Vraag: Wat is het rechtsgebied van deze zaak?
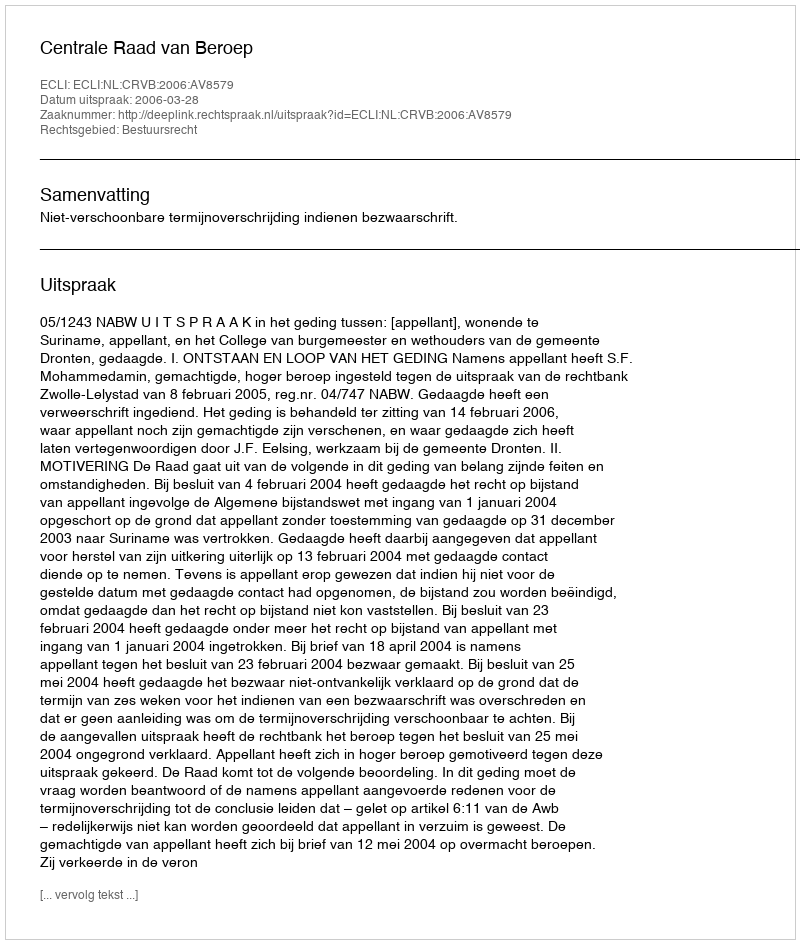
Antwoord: Bestuursrecht